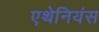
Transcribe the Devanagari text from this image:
एथेनियंस